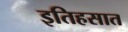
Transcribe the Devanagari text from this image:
इतिहसात